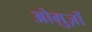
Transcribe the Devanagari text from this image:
ओग़ुज़ों